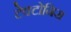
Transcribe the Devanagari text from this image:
टेक्टोनिस